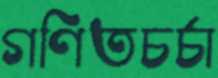
গণিতচর্চা